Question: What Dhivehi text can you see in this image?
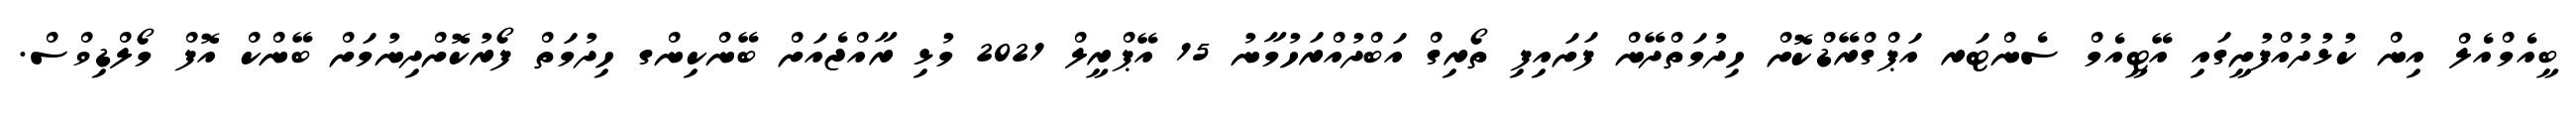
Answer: ބީއެމްއެލް އިން ކުޅުދުއްފުށީގައި އޭޓީއެމް ސެންޓަރ އަޕްގްރޭޑްކޮށް ހިދުމަތްދޭން ފަށައިފި ތޯރިގް އަބްދުއްރަހުމާނު 15 އޭޕްރީލް 2021 މުޅި ރާއްޖެއަށް ބޭންކިންގ ހިދުމަތް ފޯރުކޮށްދިނުމަށް ބޭންކް އޮފް މޯލްޑިވްސް.